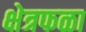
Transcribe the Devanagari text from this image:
क्षेत्रफळा